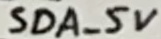
Text: SDA_5V